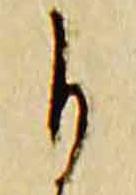
自